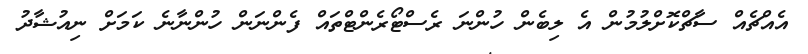
އެއްޗެއް ސާޗްކޮށްލުމުން އެ ލިބެން ހުންނަ ރެސްޓޯރެންޓްތައް ފެންނަން ހުންނާނެ ކަމަށް ނިއުޝާދު